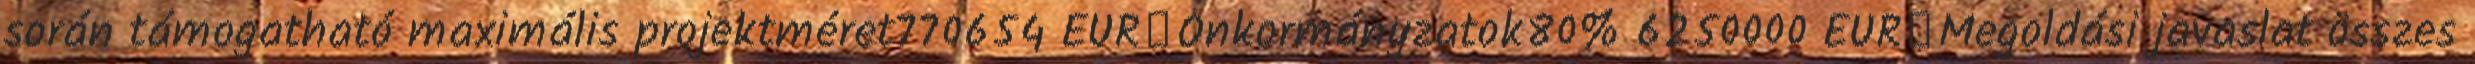
során támogatható maximális projektméret770654 EUR▪Önkormányzatok80% 6250000 EUR▪Megoldási javaslat összes